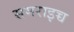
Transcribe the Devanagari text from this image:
समराइच्च